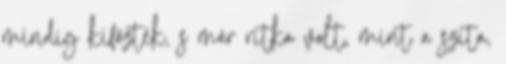
mindig kifőzték, s már ritka volt, mint a szita,